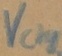
Text: Vcharge